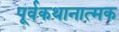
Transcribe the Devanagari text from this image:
पूर्वकथानात्मक